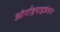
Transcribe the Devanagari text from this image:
ओर्गाइनाइजेशन